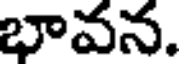
భావన.